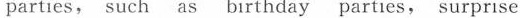
parties, such as birthday parties, surprise